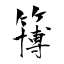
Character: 簙